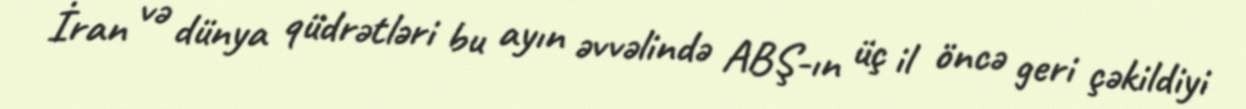
İran və dünya qüdrətləri bu ayın əvvəlində ABŞ-ın üç il öncə geri çəkildiyi